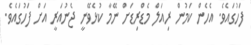
ފަހުގައެވެ. އެހެން ކަމުން ރިއަލް މެޑްރިޑަށް ނޭމާ ކުޅެވޭނީ ޖެނުއަރީ އަށް ފަހުގައެވެ.